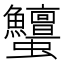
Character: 𧖞